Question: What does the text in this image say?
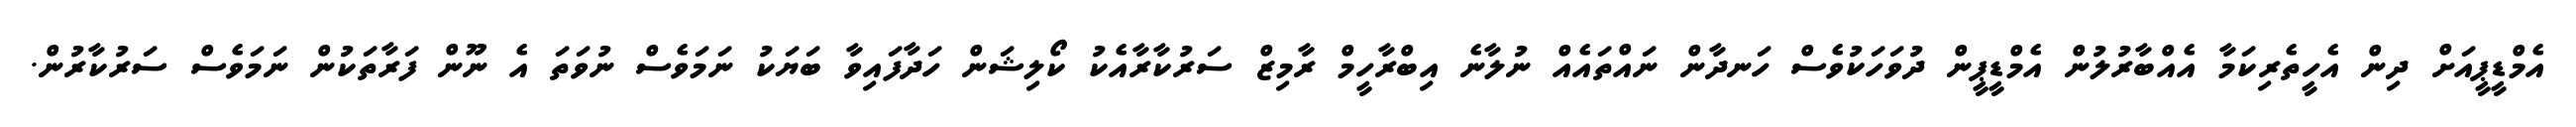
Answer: އެމްޑީޕީއަށް ދިން އެހީތެރިކަމާ އެއްބާރުލުން އެމްޑީޕީން ދުވަހަކުވެސް ހަނދާން ނައްތައެއް ނުލާނެ އިބްރާހީމް ރާމިޒް ސަރުކާރާއެކު ކޯލިޝަން ހަދާފައިވާ ބަޔަކު ނަމަވެސް ނުވަތަ އެ ނޫން ފަރާތަކުން ނަމަވެސް ސަރުކާރުން.